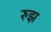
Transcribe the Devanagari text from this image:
रुझ